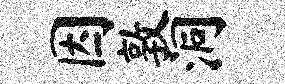
因敦洞